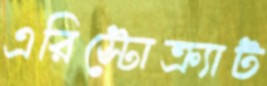
এরিস্টোক্র্যাট